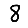
Digit: 8